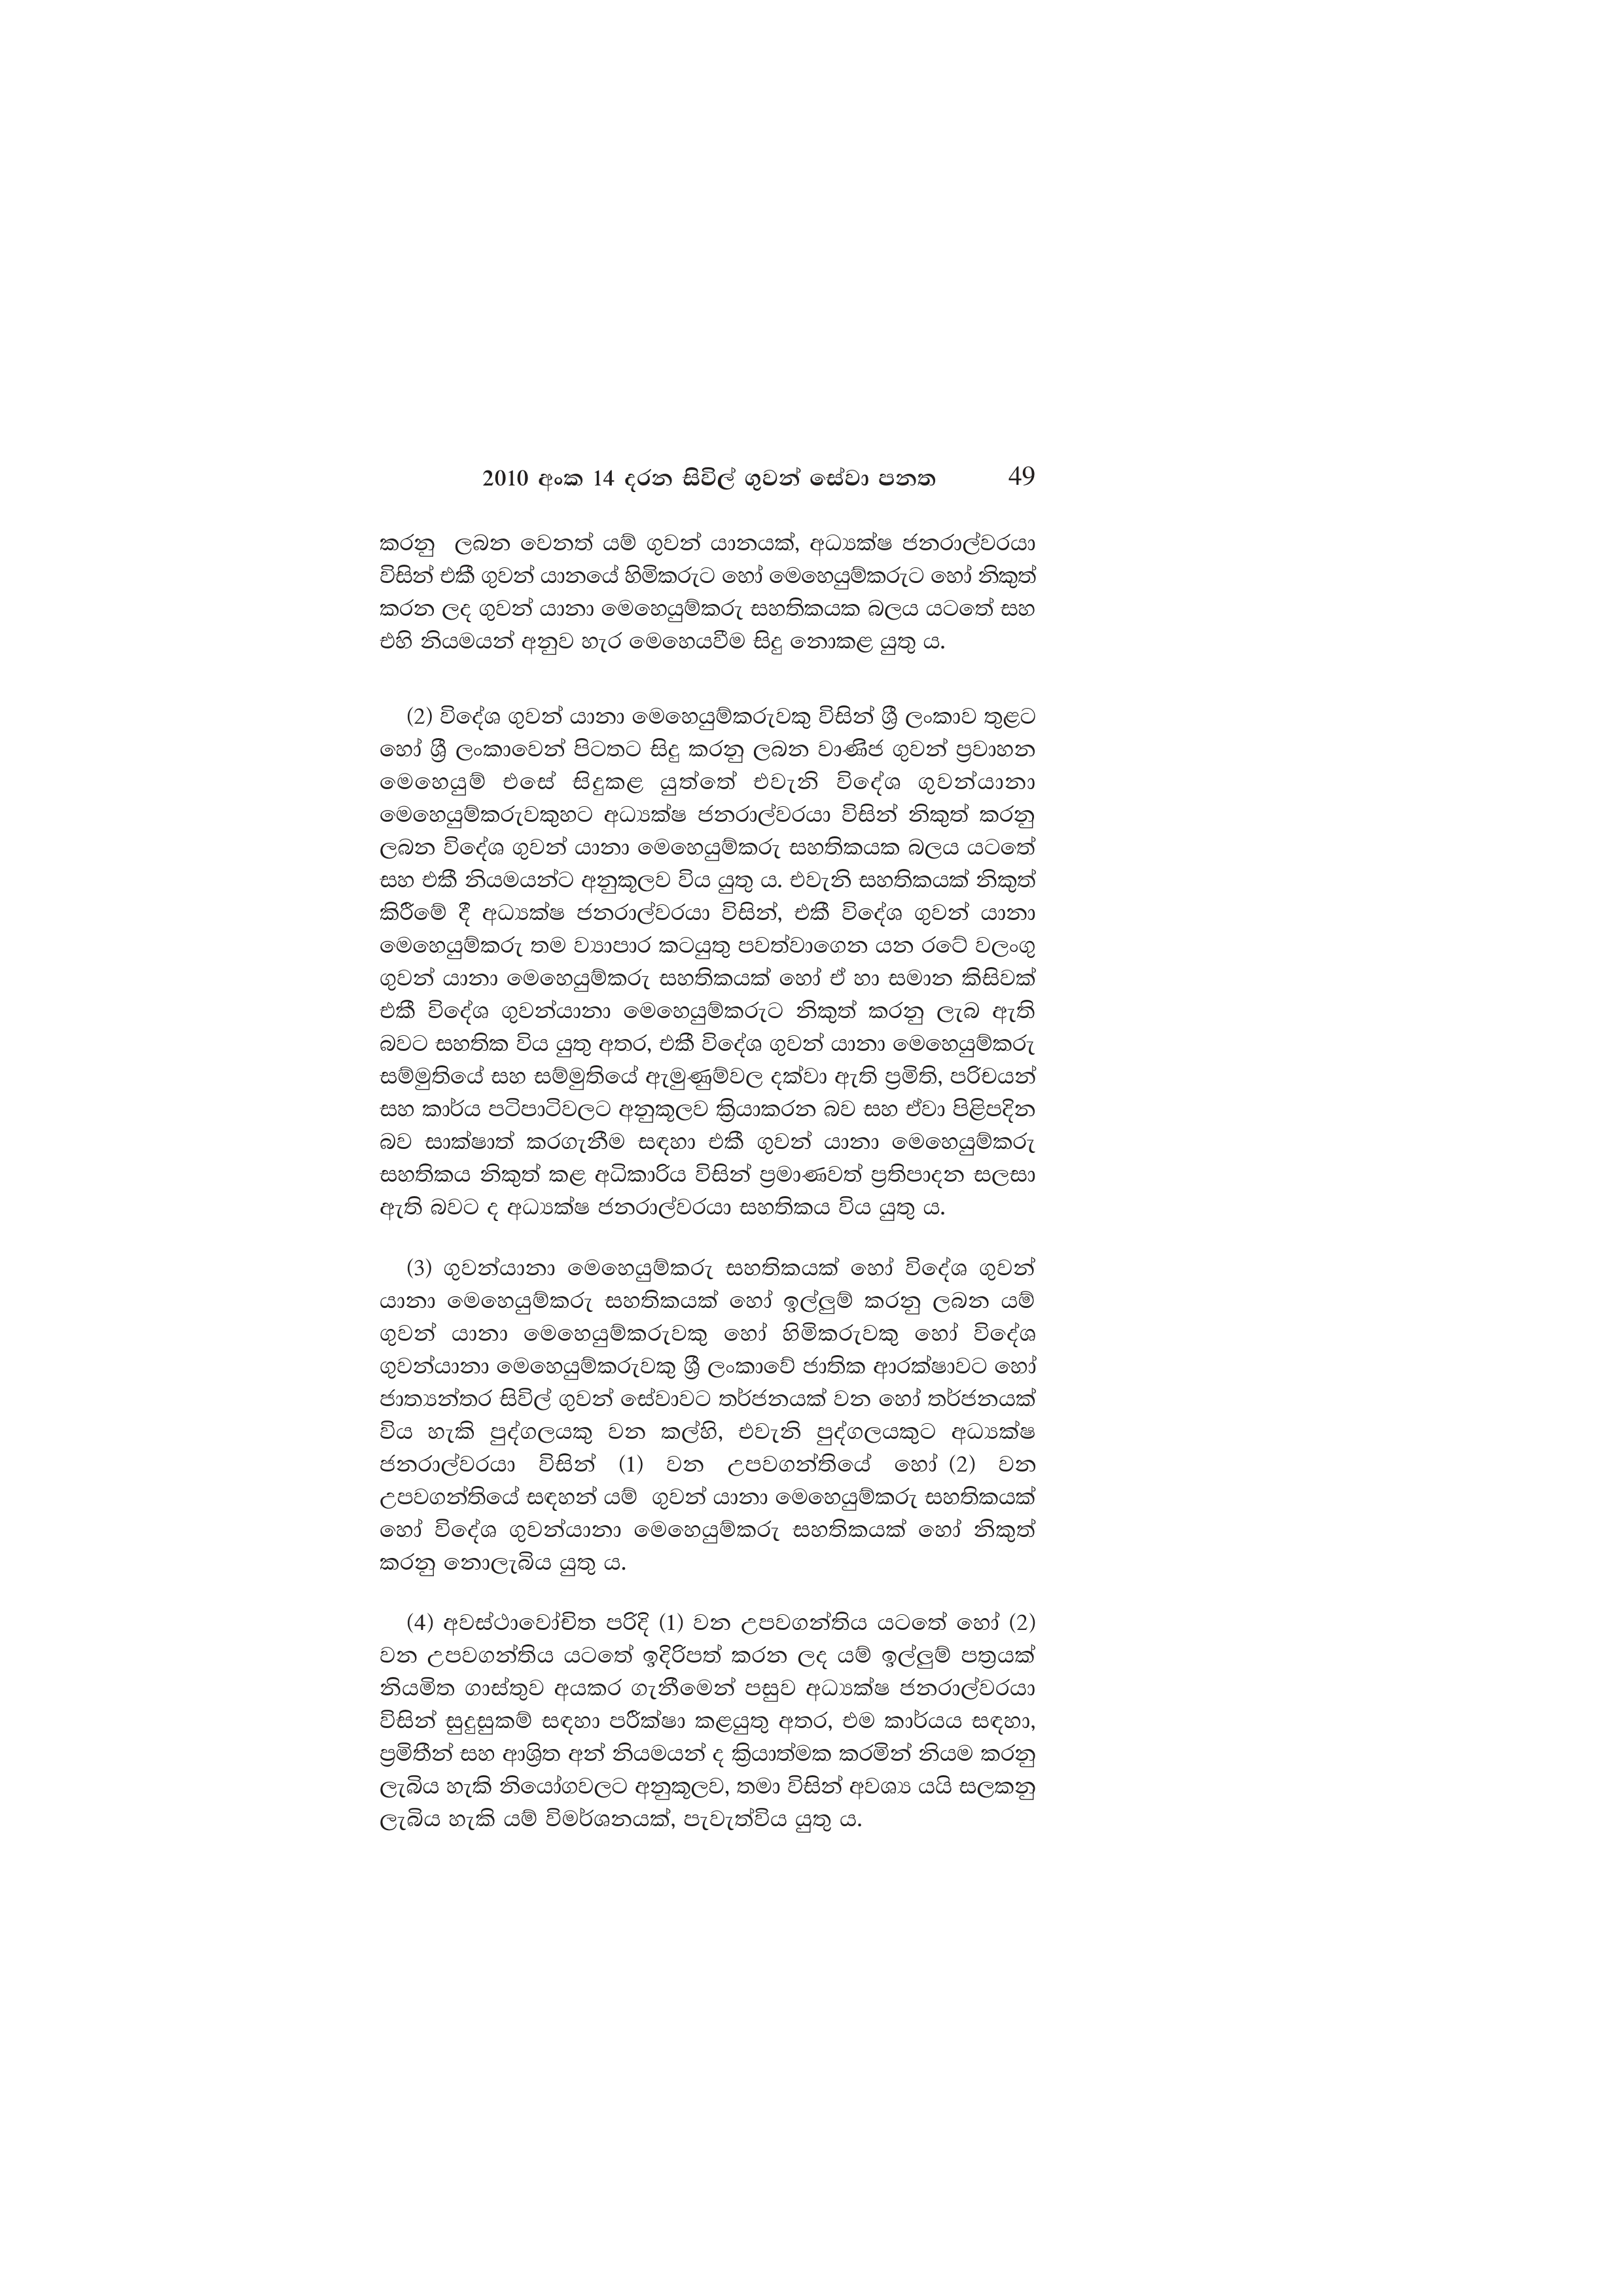
2010 අංක 14 දරන සිවිල් ගුවන් සේවා පනත 49

කරනු ලබන වෙනත් යම් ගුවන් යානයක්, අධ්‍යක්ෂ ජනරාල්වරයා
විසින් එකී ගුවන් යානයේ හිමිකරුට හෝ මෙහෙයුම්කරුට හෝ නිකුත්
කරන ලද ගුවන් යානා මෙහෙයුම්කරු සහතිකයක බලය යටතේ සහ
එහි නියමයන් අනුව හැර මෙහෙයවීම සිදු නොකළ යුතු ය.

(2) විදේශ ගුවන් යානා මෙහෙයුම්කරුවකු විසින් ශ්‍රී ලංකාව තුළට
හෝ ශ්‍රී ලංකාවෙන් පිටතට සිදු කරනු ලබන වාණිජ ගුවන් ප්‍රවාහන
මෙහෙයුම් එසේ සිදුකළ යුත්තේ එවැනි විදේශ ගුවන්යානා
මෙහෙයුම්කරුවකුහට අධ්‍යක්ෂ ජනරාල්වරයා විසින් නිකුත් කරනු
ලබන විදේශ ගුවන් යානා මෙහෙයුම්කරු සහතිකයක බලය යටතේ
සහ එකී නියමයන්ට අනුකූලව විය යුතු ය. එවැනි සහතිකයක් නිකුත්
කිරීමේ දී අධ්‍යක්ෂ ජනරාල්වරයා විසින්, එකී විදේශ ගුවන් යානා
මෙහෙයුම්කරු තම ව්‍යාපාර කටයුතු පවත්වාගෙන යන රටේ වලංගු
ගුවන් යානා මෙහෙයුම්කරු සහතිකයක් හෝ ඒ හා සමාන කිසිවක්
එකී විදේශ ගුවන්යානා මෙහෙයුම්කරුට නිකුත් කරනු ලැබ ඇති
බවට සහතික විය යුතු අතර, එකී විදේශ ගුවන් යානා මෙහෙයුම්කරු
සම්මුතියේ සහ සම්මුතියේ ඇමුණුම්වල දක්වා ඇති ප්‍රමිති, පරිචයන්
සහ කාර්ය පටිපාටිවලට අනුකූලව ක්‍රියාකරන බව සහ ඒවා පිළිපදින
බව සාක්ෂාත් කරගැනීම සඳහා එකී ගුවන් යානා මෙහෙයුම්කරු
සහතිකය නිකුත් කළ අධිකාරිය විසින් ප්‍රමාණවත් ප්‍රතිපාදන සලසා
ඇති බවට ද අධ්‍යක්ෂ ජනරාල්වරයා සහතිකය විය යුතු ය.

(3) ගුවන්යානා මෙහෙයුම්කරු සහතිකයක් හෝ විදේශ ගුවන්
යානා මෙහෙයුම්කරු සහතිකයක් හෝ ඉල්ලුම් කරනු ලබන යම්
ගුවන් යානා මෙහෙයුම්කරුවකු හෝ හිමිකරුවකු හෝ විදේශ
ගුවන්යානා මෙහෙයුම්කරුවකු ශ්‍රී ලංකාවේ ජාතික ආරක්ෂාවට හෝ
ජාත්‍යන්තර සිවිල් ගුවන් සේවාවට තර්ජනයක් වන හෝ තර්ජනයක්
විය හැකි පුද්ගලයකු වන කල්හි, එවැනි පුද්ගලයකුට අධ්‍යක්ෂ
ජනරාල්වරයා විසින් (1) වන උපවගන්තියේ හෝ (2) වන
උපවගන්තියේ සඳහන් යම් ගුවන් යානා මෙහෙයුම්කරු සහතිකයක්
හෝ විදේශ ගුවන්යානා මෙහෙයුම්කරු සහතිකයක් හෝ නිකුත්
කරනු නොලැබිය යුතු ය.

(4) අවස්ථාවෝචිත පරිදි (1) වන උපවගන්තිය යටතේ හෝ (2)
වන උපවගන්තිය යටතේ ඉදිරිපත් කරන ලද යම් ඉල්ලුම් පත්‍රයක්
නියමිත ගාස්තුව අයකර ගැනීමෙන් පසුව අධ්‍යක්ෂ ජනරාල්වරයා
විසින් සුදුසුකම් සඳහා පරීක්ෂා කළයුතු අතර, එම කාර්යය සඳහා,
ප්‍රමිතීන් සහ ආශ්‍රිත අන් නියමයන් ද ක්‍රියාත්මක කරමින් නියම කරනු
ලැබිය හැකි නියෝගවලට අනුකූලව, තමා විසින් අවශ්‍ය යයි සලකනු
ලැබිය හැකි යම් විමර්ශනයක්, පැවැත්විය යුතු ය.